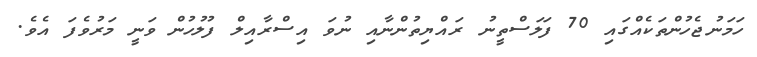
ހަމަނުޖެހުންތަކެއްގައި 70 ފަލަސްތީނު ރައްޔިތުންނާއި ނުވަ އިސްރާއިލް ފުލުހުން ވަނީ މަރުވެފަ އެވެ.